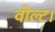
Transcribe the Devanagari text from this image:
वोल्ट।